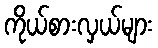
ကိုယ်စားလှယ်များ